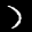
Label: 7